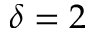
\delta = 2